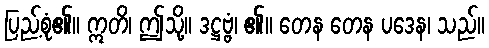
ပြည့်စုံ၏။ ဣတိ၊ ဤသို့။ ဒဋ္ဌဗ္ဗံ၊ ၏။ တေန တေန ပဒေန၊ သည်။